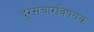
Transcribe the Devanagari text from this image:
दूरसंचारविषयक